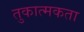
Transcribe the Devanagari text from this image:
तुकात्मकता